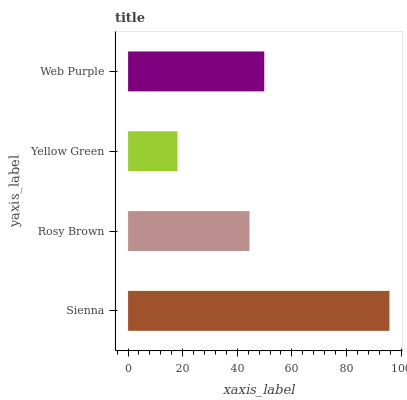
| yaxis_label | bars |
 | --- | --- |
 | Sienna | 95.7 |
 | Rosy Brown | 44.5 |
 | Yellow Green | 18.1 |
 | Web Purple | 49.9 |